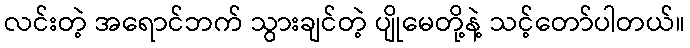
လင်းတဲ့ အရောင်ဘက် သွားချင်တဲ့ ပျိုမေတို့နဲ့ သင့်တော်ပါတယ်။